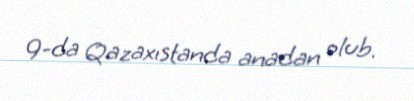
9-da Qazaxıstanda anadan olub.